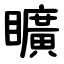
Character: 矌